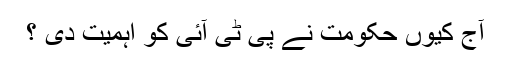
آج کیوں حکومت نے پی ٹی آئی کو اہمیت دی ؟